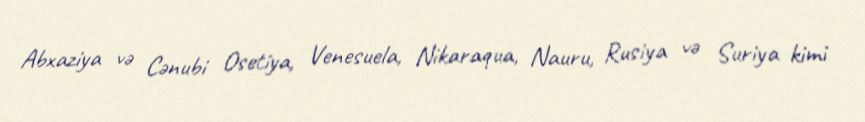
Abxaziya və Cənubi Osetiya, Venesuela, Nikaraqua, Nauru, Rusiya və Suriya kimi